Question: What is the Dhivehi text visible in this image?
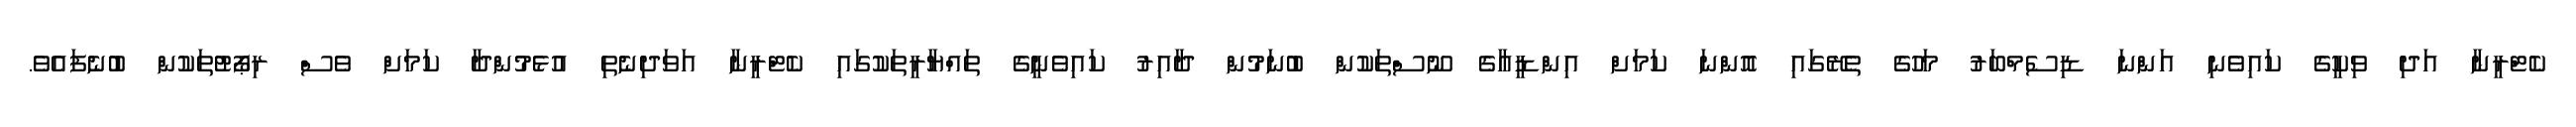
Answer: ކެޓްރީނާ އަދި ވިކީގެ ކައިވެނި އަންނަ ޑިސެމްބަރު މަހުގެ ތެރޭގައި އޮންނަ ކަމަށް އިންޑީއާގެ ނޫސްތަކުން ބުނަމުން ދާއިރު ކައިވެނީގެ ތައްޔާރީތަކުގައި ކެޓްރީނާ އަވަދިނެތި އުޅެމުންދާ ކަމަށް ވެސް ރިޕޯޓުތަކުން ބުނެފައެވެ.